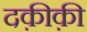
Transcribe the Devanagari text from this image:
दक़ीक़ी